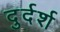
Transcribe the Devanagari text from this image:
दुर्दर्श